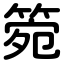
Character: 箢